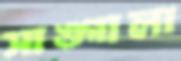
সাঙ্গালা